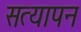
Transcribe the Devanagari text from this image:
सत्‍यापन